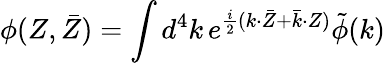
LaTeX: \phi(Z,\bar{Z})={\int{d^{4}k}}\, e^{\frac{i}{2}(k{\cdot}\bar{Z}+\bar{k}{\cdot}Z)}\tilde{\phi}(k)